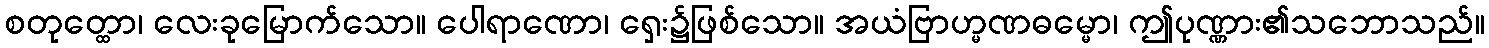
စတုတ္ထော၊ လေးခုမြောက်သော။ ပေါရာဏော၊ ရှေး၌ဖြစ်သော။ အယံဗြာဟ္မဏဓမ္မော၊ ဤပုဏ္ဏား၏သဘောသည်။